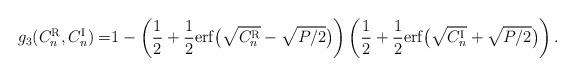
LaTeX: \begin{align*}g_3(C^{\rm R}_n,C^{\rm I}_n) = & 1- \left(\frac{1}{2}+\frac{1}{2}{\rm{erf}}\big(\sqrt{C^{\rm R}_n}-\sqrt{P/2}\big)\right)\left(\frac{1}{2}+\frac{1}{2}{\rm{erf}}\big(\sqrt{C^{\rm I}_n}+\sqrt{P/2}\big)\right).\end{align*}